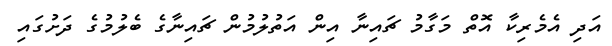
އަދި އެމެރިކާ އޮތް މަގާމު ޗައިނާ އިން އަތުލުމުން ޗައިނާގެ ބެލުމުގެ ދަށުގައި